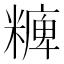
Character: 𥼊